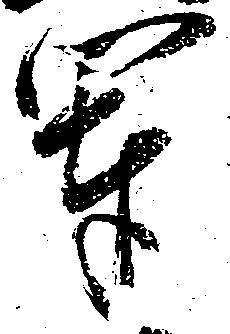
軍